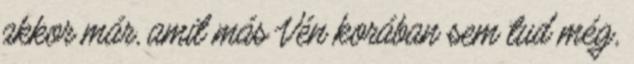
akkor már, amit más Vén korában sem tud még,